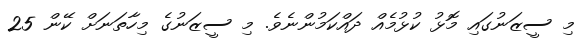
މި ސީޒަނުގައި މޮޅު ކުޅުމެއް ދައްކަމުންނެވެ. މި ސީޒަނުގެ މިހާތަނަށް ކޭން 25